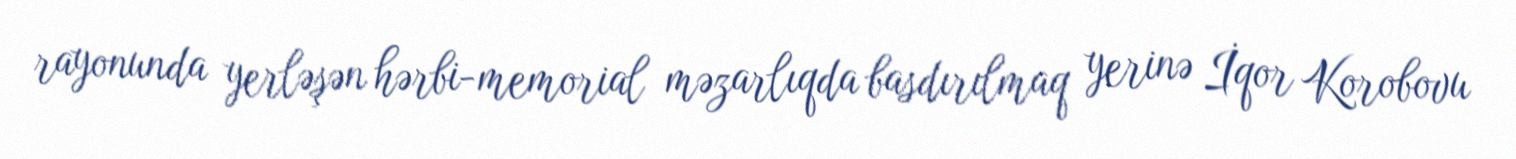
rayonunda yerləşən hərbi-memorial məzarlıqda basdırılmaq yerinə İqor Korobovu